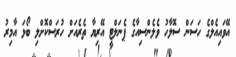
އޭވައިއެލްގެ ހަސަން ސޮލާހު ވެލެންސިއާގެ ޕެނަލްޓީ އޭރިޔާ ތެރެއަށް ހުރަސްކޮށްލި ބޯޅަ އާމިރު